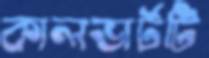
কালভার্টটি